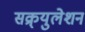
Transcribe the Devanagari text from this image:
सक्र्युलेशन